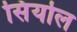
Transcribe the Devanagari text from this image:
सिंयोल